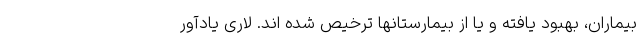
بیماران، بهبود یافته و یا از بیمارستانها ترخیص شده اند. لاری یادآور